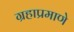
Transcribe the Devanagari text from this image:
ग्रहाप्रमाणे